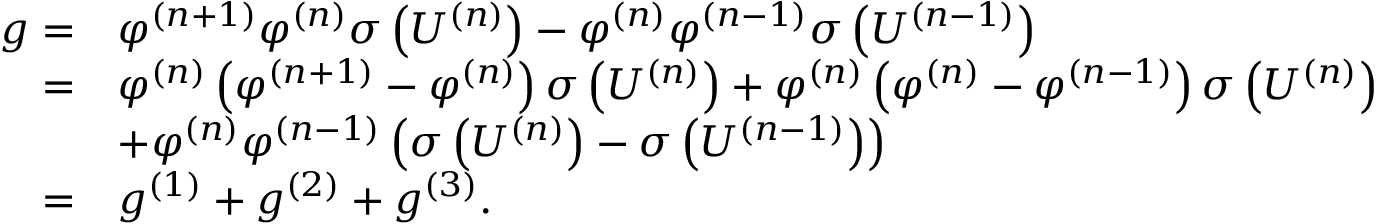
\begin{array} { r l } { g = } & { \varphi ^ { ( n + 1 ) } \varphi ^ { ( n ) } \sigma \left( U ^ { ( n ) } \right) - \varphi ^ { ( n ) } \varphi ^ { ( n - 1 ) } \sigma \left( U ^ { ( n - 1 ) } \right) } \\ { = } & { \varphi ^ { ( n ) } \left( \varphi ^ { ( n + 1 ) } - \varphi ^ { ( n ) } \right) \sigma \left( U ^ { ( n ) } \right) + \varphi ^ { ( n ) } \left( \varphi ^ { ( n ) } - \varphi ^ { ( n - 1 ) } \right) \sigma \left( U ^ { ( n ) } \right) } \\ & { + \varphi ^ { ( n ) } \varphi ^ { ( n - 1 ) } \left( \sigma \left( U ^ { ( n ) } \right) - \sigma \left( U ^ { ( n - 1 ) } \right) \right) } \\ { = } & { g ^ { ( 1 ) } + g ^ { ( 2 ) } + g ^ { ( 3 ) } . } \end{array}